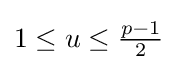
\textstyle 1\leq u\leq {\frac {p-1}{2}}